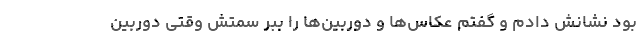
بود نشانش دادم و گفتم عکاس‌ها و دوربین‌ها را ببر سمتش وقتی دوربین